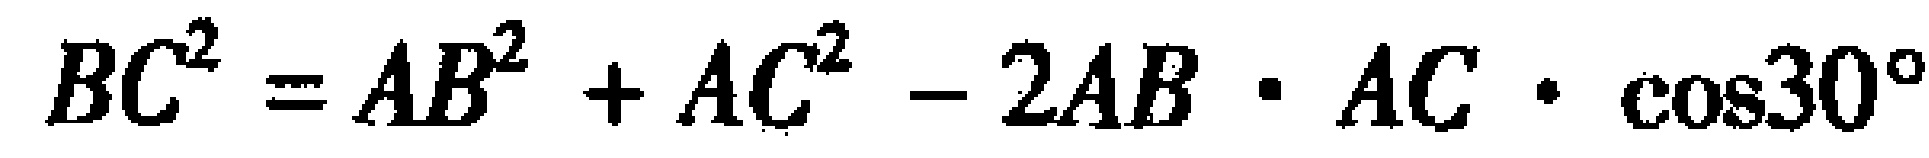
\[BC^{2}=AB^{2}+AC^{2}-2AB\cdot AC\cdot\cos30^{\circ}\]